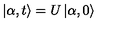
\left| \alpha , t \right\rangle = U \left| \alpha , 0 \right\rangle